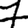
Digit: 7